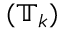
( \mathbb { T } _ { k } )